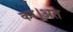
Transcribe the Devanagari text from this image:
का।अत